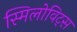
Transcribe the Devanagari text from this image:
स्मिलोविट्स